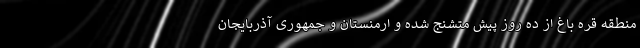
منطقه قره باغ از ده روز پیش متشنج شده و ارمنستان و جمهوری آذربایجان